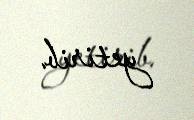
yetirib.